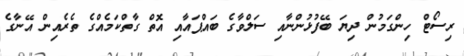
ރިސޯޓް ހިންގަމުން ދިޔަ ބޭފުޅުންނާއި ސަލްވާގެ ބައްޕައާއި އޮތް ގާތްކަމެއްގެ ތެރެއިން އޭނާގެ